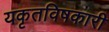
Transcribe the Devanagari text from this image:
यकृतविषकारी